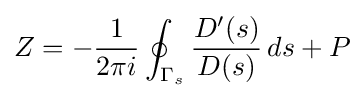
Z=-{\frac {1}{2\pi i}}\oint _{\Gamma _{s}}{D'(s) \over D(s)}\,ds+P